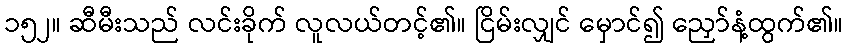
၁၅၂။ ဆီမီးသည် လင်းခိုက် လူလယ်တင့်၏။ ငြိမ်းလျှင် မှောင်၍ ညှော်နံ့ထွက်၏။